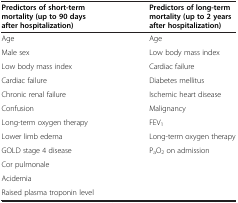
| Predictors of short-term mortality (up to 90 days after hospitalization) | Predictors of long-term mortality (up to 2 years after hospitalization) |
 | --- | --- |
 | Age | Age |
 | Male sex | Low body mass index |
 | Low body mass index | Cardiac failure |
 | Cardiac failure | Diabetes mellitus |
 | Chronic renal failure | Ischemic heart disease |
 | Confusion | Malignancy |
 | Long-term oxygen therapy | FEV1 |
 | Lower limb edema | Long-term oxygen therapy |
 | GOLD stage 4 disease | PaO2 on admission |
 | Cor pulmonale |  |
 | Acidemia |  |
 | Raised plasma troponin level |  |